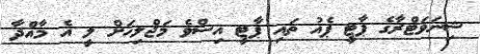
ޝިނަވަޓްރާގެ ޕާޓީ ޕެއު ތައި ޕާޓީ އިސްވެ މަޖްލިހަށް ލީ އެ މާއްދާ